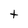
Character: t